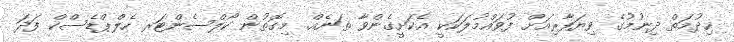
ޚިދުމަތް ދިނުމުގެ ވިޔަފާރިއަށް ފުވައްމުލަކަކީ އެކަށީގެންވާ ތަނެއް. މިގޮތުން ކޯލްސެންޓަރ ހެލްޕްޑެސްކް ފަދަ